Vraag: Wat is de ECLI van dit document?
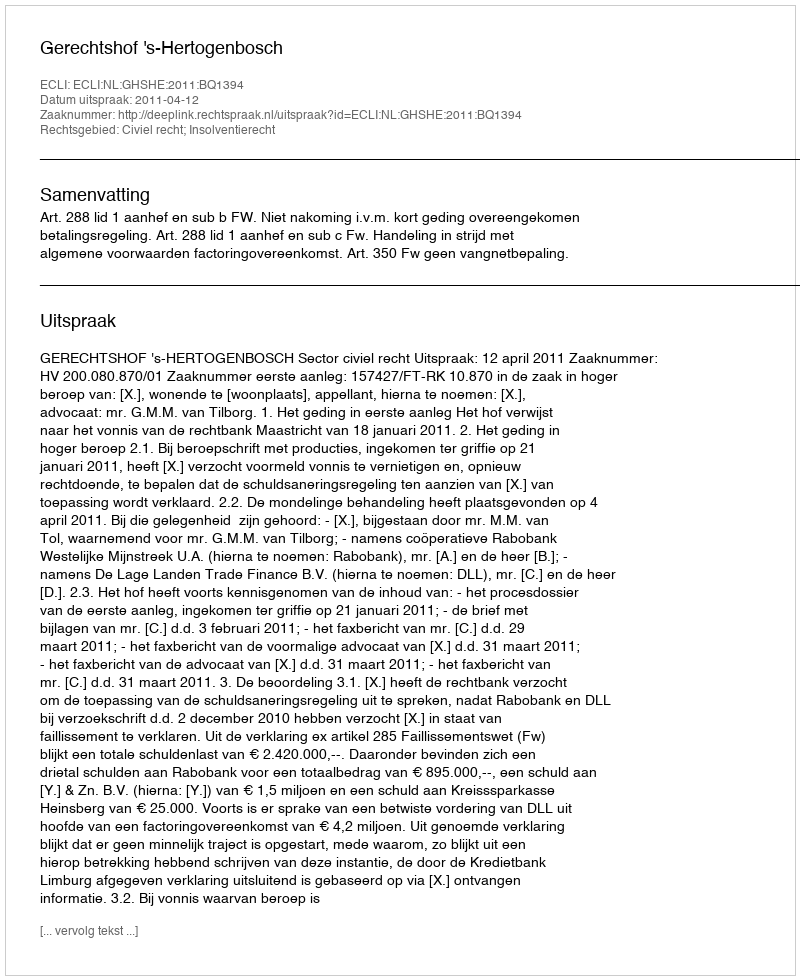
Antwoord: ECLI:NL:GHSHE:2011:BQ1394